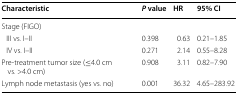
| Characteristic | P value | HR | 95% CI |
 | --- | --- | --- | --- |
 | <COLSPAN=4> Stage (FIGO) |
 | III vs. I–II | 0.398 | 0.63 | 0.21–1.85 |
 | IV vs. I–II | 0.271 | 2.14 | 0.55–8.28 |
 | Pre-treatment tumor size (≤4.0 cm vs. >4.0 cm) | 0.908 | 3.11 | 0.82–7.90 |
 | Lymph node metastasis (yes vs. no) | 0.001 | 36.32 | 4.65–283.92 |